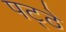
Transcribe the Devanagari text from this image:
पट्ठे